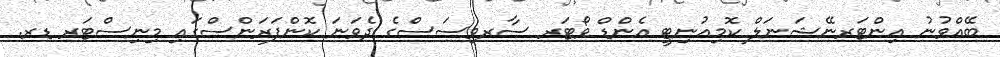
ބޭއްވުނު އިންޓަރނޭޝަނަލް ކޮމިއުނިޓީ އެންޑް ވޯޓަރ ސާރވިސަސްގެ ދެވަނަ ކޮންފަރަންސްގައި މިނިސްޓަރ ޑރ.